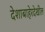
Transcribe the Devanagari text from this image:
देशाबाहेरदेखील